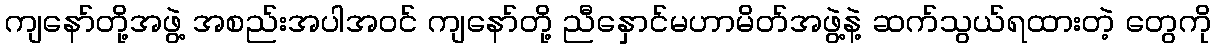
ကျနော်တို့အဖွဲ့ အစည်းအပါအဝင် ကျနော်တို့ ညီနှောင်မဟာမိတ်အဖွဲ့နဲ့ ဆက်သွယ်ရထားတဲ့ တွေကို